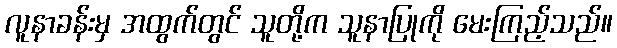
လူနာခန်းမှ အထွက်တွင် သူတို့က သူနာပြုကို မေးကြည့်သည်။